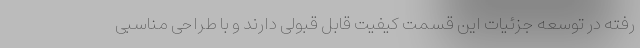
رفته در توسعه جزئیات این قسمت کیفیت قابل قبولی دارند و با طراحی مناسبی